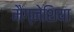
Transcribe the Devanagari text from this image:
मैग्नेशिया